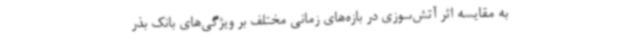
به مقایسه اثر آتش‌سوزی در بازه‌های زمانی مختلف بر ویژگی‌های بانک بذر